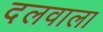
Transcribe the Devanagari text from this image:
दलवाला